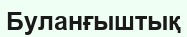
Буланғыштық